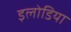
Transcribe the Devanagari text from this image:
इलोडिया